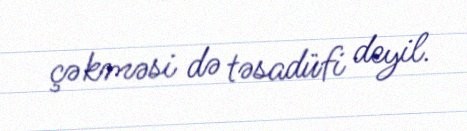
çəkməsi də təsadüfi deyil.